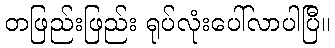
တဖြည်းဖြည်း ရုပ်လုံးပေါ်လာပါပြီ။